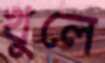
খুলে